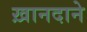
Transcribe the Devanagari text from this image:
ख़ानदाने